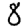
Digit: 8